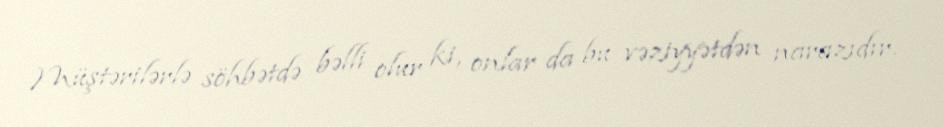
Müştərilərlə söhbətdə bəlli olur ki, onlar da bu vəziyyətdən narazıdır.